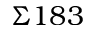
\Sigma 1 8 3